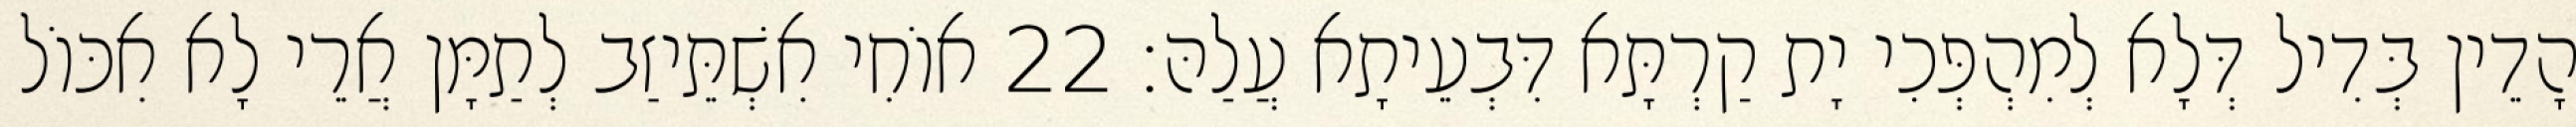
הָדֵין בְּדִיל דְּלָא לְמִהְפְּכִי יָת קַרְתָּא דִּבְעֵיתָא עֲלַהּ׃ 22 אוֹחִי אִשְׁתֵּיזַב לְתַמָּן אֲרֵי לָא אִכּוֹל